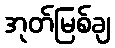
အုတ်မြစ်ချ